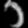
Digit: ၁